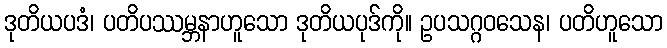
ဒုတိယပဒံ၊ ပတိပဿမ္ဘနာဟူသော ဒုတိယပုဒ်ကို။ ဥပသဂ္ဂဝသေန၊ ပတိဟူသော